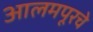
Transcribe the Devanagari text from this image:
आलमपूरचे